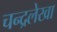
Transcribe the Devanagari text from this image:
चन्द्रलेखा